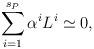
LaTeX: \begin{align*} \sum_{i = 1}^{s_P} \alpha^i L^i \simeq 0, \end{align*}